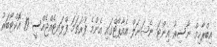
އިބްރާހިމް ނާސިރު އިންޓަ ނެޝަނަލް އެއާޕޯޓްގައި އެންމެ ފުރަތަމަ ފްލައިޓެއްޖެއްސީ 19 އޮކްޓޯބަރު